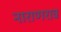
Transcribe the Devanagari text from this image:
नाराणराव